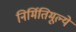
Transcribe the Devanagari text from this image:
निर्मितिमूल्ये